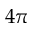
4 \pi